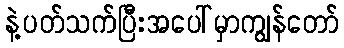
နဲ့ပတ်သက်ပြီးအပေါ်မှာကျွန်တော်